Report of the Imperial Institute of Veterinary Research, Muktesar
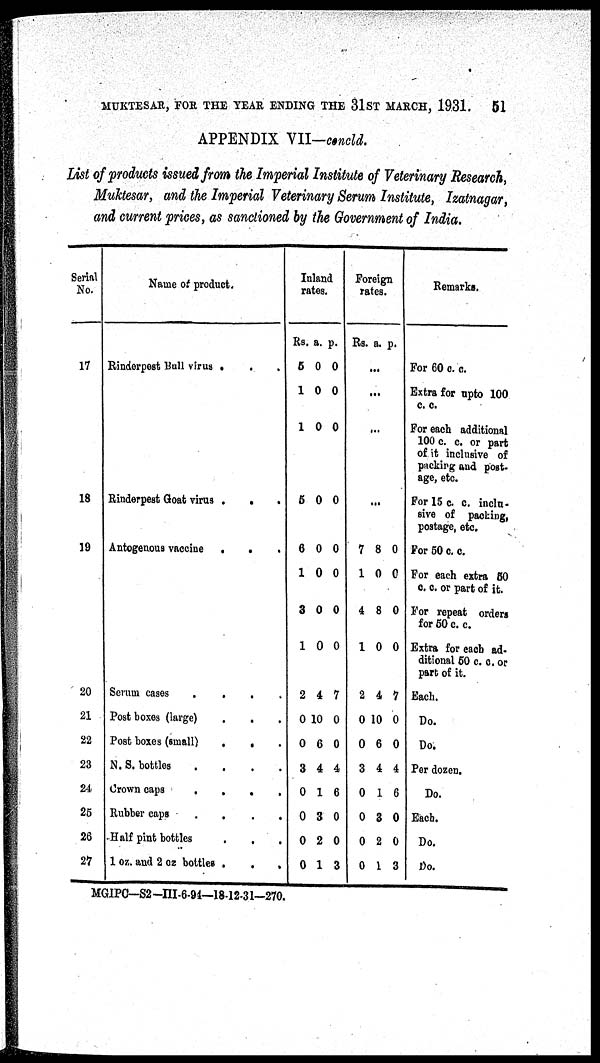
MUKTESAR, FOR THE YEAR ENDING THE 31ST MARCH, 1931.
51
APPENDIX VII—concld.
List of products issued from the Imperial Institute of Veterinary Research,
Muktesar, and the Imperial Veterinary Serum Institute, Izatnagar,
and current prices, as sanctioned by the Government of India.
Serial
No.
17
18
19
20
21
22
23
24
25
26
27
Name of product.
Rinderpest Bull virus . . .
Rinderpest Goat virus . .
Autogenous vaccine
.
.
.
Serum
cases
....
Post boxes (large)
.
.
Post boxes (small)
.
.
N. S. bottles
.
Crown caps
.
.
.
.
Rubber caps .
.
.
.
Half pint bottles . . .
1oz. and 2 oz bottles . . .
Inland rates.
Rs.
5
1
1
5
6
1
3
1
2
0
0
3
0
0
0
0
a.
0
0
0
0
0
0
0
0
4
10
6
4
1
3
2
1
p.
0
0
0
0
0
0
0
0
7
0
0
4
6
0
0
3
Foreign rates.
Rs.
...
...
7
1
4
1
2
0
0
3
0
0
0
0
a.
...
...
8
0
8
0
4
10
6
4
1
3
2
1
p.
0
0
0
0
7
0
0
4
6
0
0
3
Remarks.
For 60 c. c.
Extra for upto 100
c. c.
For each additional
100 c. c. or part
of it inclusive of
packing and post¬
age, etc.
For 15 c. c. inclu¬
sive of packing,
postage, etc.
For 50 c. c.
For each extra 50
c. c. or part of it.
For repeat orders
for 50 c. c.
Extra for each ad¬
ditional 50 c. c. or
part of it.
Each.
Do.
Do.
Per dozen.
Do.
Each.
Do.
Do.
MGIPC-S2-III-6-94—18-12-31-270.